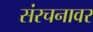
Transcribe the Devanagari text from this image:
संरचनावर